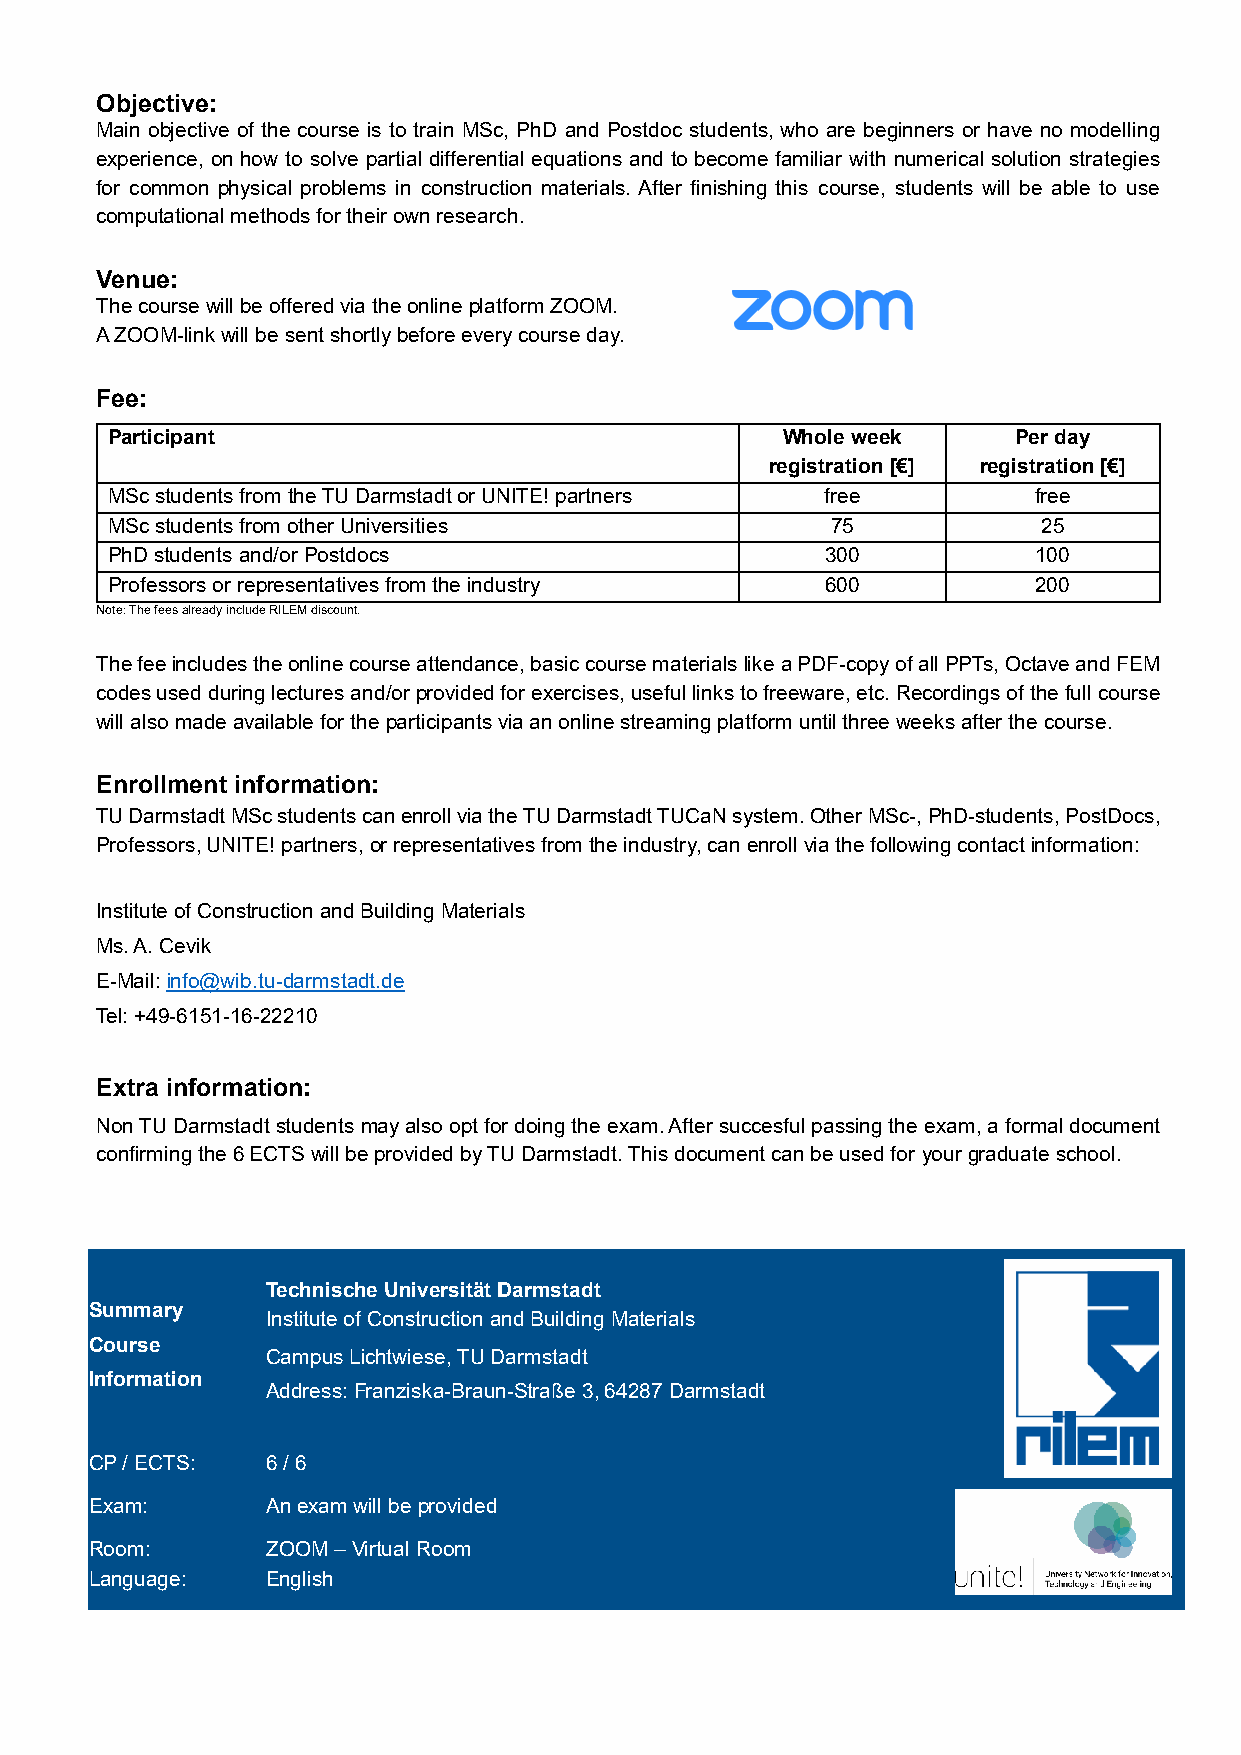
Objective:
 Main objective of the course is to train MSc, PhD and Postdoc students, who are beginners or have no modelling
 experience, on how to solve partial differential equations and to become familiar with numerical solution strategies
 for common physical problems in construction materials. After finishing this course, students will be able to use
 computational methods for their own research.
 Venue:
 The course will be offered via the online platform ZOOM.
 A ZOOM-link will be sent shortly before every course day.
 Fee:
 Participant                                  Whole week     Per day
 registration [€] registration [€]
 MSc students from the TU Darmstadt or UNITE! partners free   free
 MSc students from other Universities            75            25
 PhD students and/or Postdocs                    300           100
 Professors or representatives from the industry 600           200
 Note: The fees already include RILEM discount.
 The fee includes the online course attendance, basic course materials like a PDF-copy of all PPTs, Octave and FEM
 codes used during lectures and/or provided for exercises, useful links to freeware, etc. Recordings of the full course
 will also made available for the participants via an online streaming platform until three weeks after the course.
 Enrollment information:
 TU Darmstadt MSc students can enroll via the TU Darmstadt TUCaN system. Other MSc-, PhD-students, PostDocs,
 Professors, UNITE! partners, or representatives from the industry, can enroll via the following contact information:
 Institute of Construction and Building Materials
 Ms. A. Cevik
 E-Mail: info@wib.tu-darmstadt.de
 Tel: +49-6151-16-22210
 Extra information:
 Non TU Darmstadt students may also opt for doing the exam. After succesful passing the exam, a formal document
 confirming the 6 ECTS will be provided by TU Darmstadt. This document can be used for your graduate school.
 Technische Universität Darmstadt
 Summary
 Institute of Construction and Building Materials
 Course
 Campus Lichtwiese, TU Darmstadt
 Information
 Address: Franziska-Braun-Straße 3, 64287 Darmstadt
 CP / ECTS:  6 / 6
 Exam:       An exam will be provided
 Room:       ZOOM – Virtual Room
 Language:   English